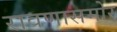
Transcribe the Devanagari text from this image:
रावणासमोर